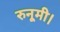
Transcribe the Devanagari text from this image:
रुनूमी।